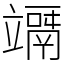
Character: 竵